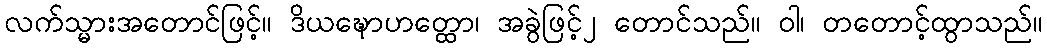
လက်သ္မားအတောင်ဖြင့်။ ဒိယဍ္ဎောဟတ္ထော၊ အခွဲဖြင့်၂ တောင်သည်။ ဝါ၊ တတောင့်ထွာသည်။